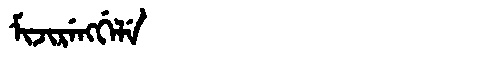
Manchu: ᠮᡳᠵᡳᡵᡝᠩᡤᡝᠯᡝ
Romanization: MIJIRENGGELE